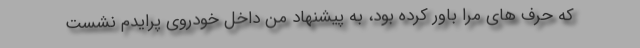
که حرف های مرا باور کرده بود، به پیشنهاد من داخل خودروی پرایدم نشست